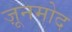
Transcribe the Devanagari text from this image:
ज़ूनमोद